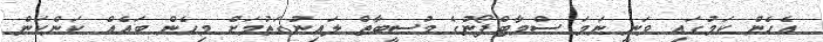
އެހެން ކަމުގައި ވަނީ ނަމަ ސްމާޓްފޯނުގެ މުސީބާތް ލައިނުގަތުމަށް މިހެން ބައެއް ކަންކަން